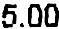
5.00